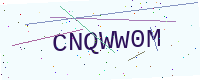
Text: CNQWW0M